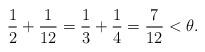
LaTeX: \begin{align*}\frac{1}{2} + \frac{1}{12} = \frac{1}{3} + \frac{1}{4} = \frac{7}{12} < \theta.\end{align*}